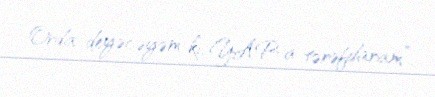
Orda deyəcəyəm ki, YAP-a tərəfdaram”.